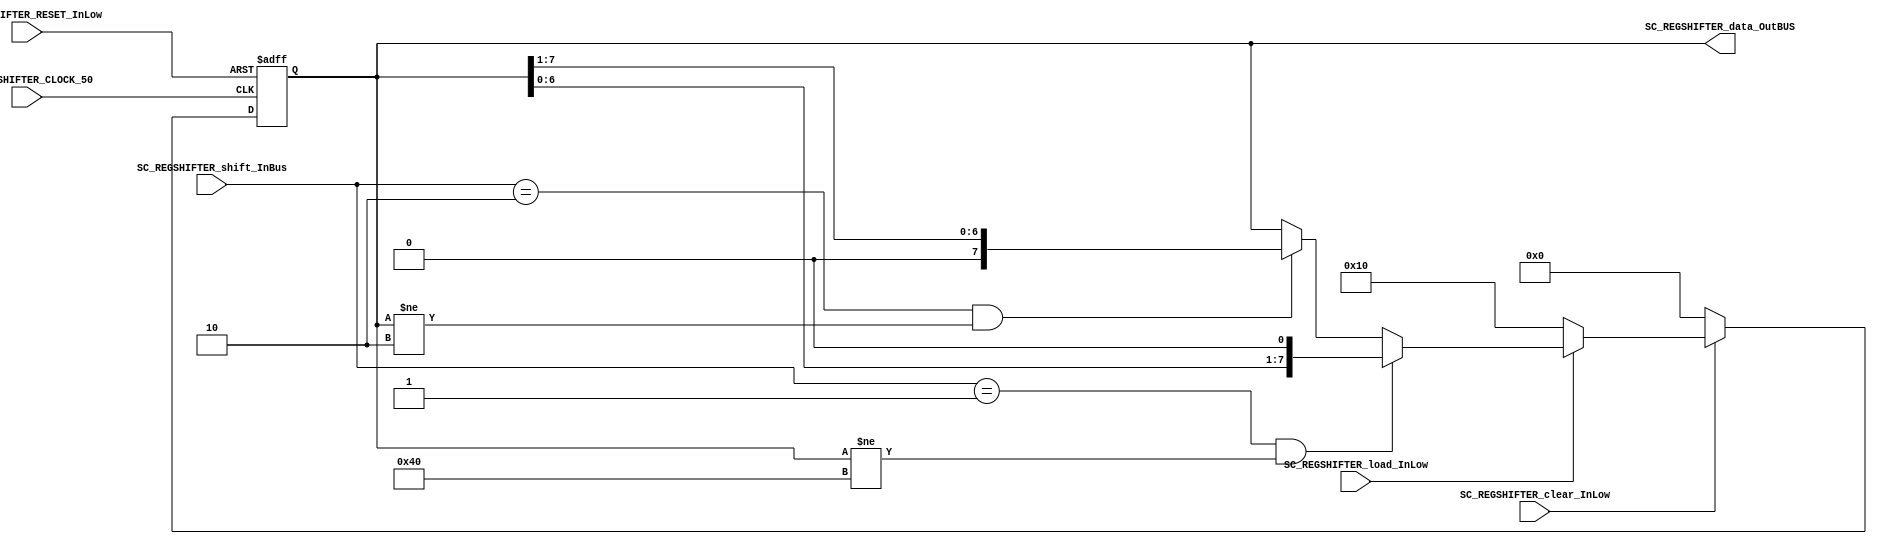

//=======================================================
//  MODULE Definition
//=======================================================

module SC_REGSHIFTER_CAR #(parameter RegSHIFTER_DATAWIDTH=8)
(
	//////////// OUTPUTS //////////
	SC_REGSHIFTER_data_OutBUS,
	//////////// INPUTS //////////
	SC_REGSHIFTER_CLOCK_50,
	SC_REGSHIFTER_RESET_InLow,
	SC_REGSHIFTER_clear_InLow, 
	SC_REGSHIFTER_load_InLow,
	SC_REGSHIFTER_shift_InBus
);
//=======================================================
//  PARAMETER declarations
//=======================================================

//=======================================================
//  PORT declarations
//=======================================================

output wire	[RegSHIFTER_DATAWIDTH-1:0]	SC_REGSHIFTER_data_OutBUS;
input		SC_REGSHIFTER_CLOCK_50;
input		SC_REGSHIFTER_RESET_InLow;
input		SC_REGSHIFTER_clear_InLow;
input		SC_REGSHIFTER_load_InLow;	
input		[1:0] SC_REGSHIFTER_shift_InBus;

//=======================================================
//  REG/WIRE declarations
//=======================================================

reg [RegSHIFTER_DATAWIDTH-1:0] RegSHIFTER_Register;
reg [RegSHIFTER_DATAWIDTH-1:0] RegSHIFTER_Signal;

//=======================================================
//  Structural coding
//=======================================================
//INPUT LOGIC: COMBINATIONAL
always @(*)
begin
	if (SC_REGSHIFTER_clear_InLow == 1'b0)
		RegSHIFTER_Signal = 8'b00000000;
	else if (SC_REGSHIFTER_load_InLow == 1'b0)
		RegSHIFTER_Signal = 8'b00010000;
	else if (SC_REGSHIFTER_shift_InBus == 2'b01 && RegSHIFTER_Register != 8'b01000000) //Shift Left
		RegSHIFTER_Signal = RegSHIFTER_Register << 1'b1;   
	else if (SC_REGSHIFTER_shift_InBus == 2'b10 && RegSHIFTER_Register != 8'b00000010) //Shift Right
		RegSHIFTER_Signal = RegSHIFTER_Register >> 1'b1;   
	else
		RegSHIFTER_Signal = RegSHIFTER_Register;
	end
	
//STATE REGISTER: SEQUENTIAL
always @(posedge SC_REGSHIFTER_CLOCK_50, negedge SC_REGSHIFTER_RESET_InLow)
begin
	if (SC_REGSHIFTER_RESET_InLow == 1'b0)
		RegSHIFTER_Register <= 8'b00000000;
	else
		RegSHIFTER_Register <= RegSHIFTER_Signal;
end

//=======================================================
//  Outputs
//=======================================================
//OUTPUT LOGIC: COMBINATIONAL
assign SC_REGSHIFTER_data_OutBUS = RegSHIFTER_Register;

endmodule